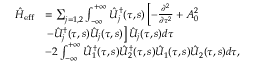
\begin{array} { r l } { \hat { H } _ { \mathrm { e f f } } } & { = \sum _ { j = 1 , 2 } \int _ { - \infty } ^ { + \infty } \hat { { \cal U } } _ { j } ^ { \dagger } ( \tau , s ) \left[ - \frac { \partial ^ { 2 } } { \partial \tau ^ { 2 } } + A _ { 0 } ^ { 2 } \right. } \\ & { \left. - \hat { { \cal U } } _ { j } ^ { \dag } ( \tau , s ) \hat { { \cal U } } _ { j } ( \tau , s ) \right] \hat { { \cal U } } _ { j } ( \tau , s ) d \tau } \\ & { - 2 \int _ { - \infty } ^ { + \infty } \hat { { \cal U } } _ { 1 } ^ { \dag } ( \tau , s ) \hat { { \cal U } } _ { 2 } ^ { \dag } ( \tau , s ) \hat { { \cal U } } _ { 1 } ( \tau , s ) \hat { { \cal U } } _ { 2 } ( \tau , s ) d \tau , } \end{array}